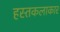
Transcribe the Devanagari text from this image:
हस्तकलाकार